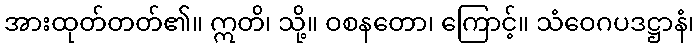
အားထုတ်တတ်၏။ ဣတိ၊ သို့။ ဝစနတော၊ ကြောင့်။ သံဝေဂပဒဋ္ဌာနံ၊